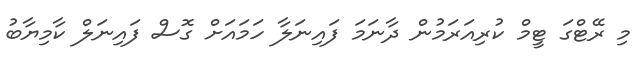
މި ރޭޓްގަ ޓީމް ކުރިއަރަމުން ދާނަމަ ފައިނަލާ ހަމައަށް ގޮސް ފައިނަލް ކާމިޔާބު